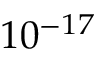
1 0 ^ { - 1 7 }